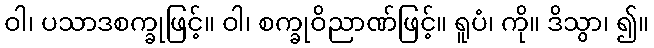
ဝါ၊ ပသာဒစက္ခုဖြင့်။ ဝါ၊ စက္ခုဝိညာဏ်ဖြင့်။ ရူပံ၊ ကို။ ဒိသွာ၊ ၍။